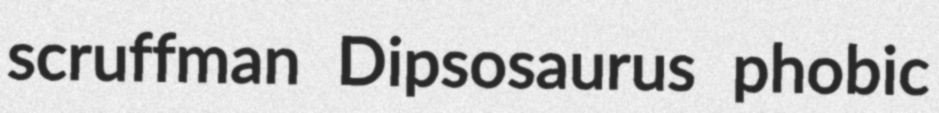
scruffman Dipsosaurus phobic